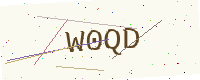
Text: W0QD